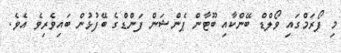
މި ފޯރަމްގައި ވޯލްޑް ބޭންކާއި ބޫޓާން ޕެންޝަން ފަންޑްގެ ބޭފުޅުން ބައިވެރިވެ އެވެ.